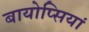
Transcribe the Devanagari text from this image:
बायोप्सियां